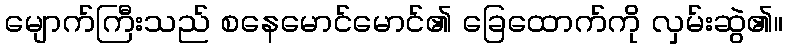
မျောက်ကြီးသည် စနေမောင်မောင်၏ ခြေထောက်ကို လှမ်းဆွဲ၏။